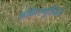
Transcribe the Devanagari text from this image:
ओबेरल्युटिनेंट